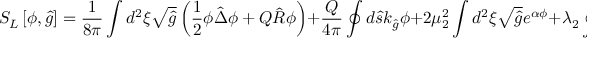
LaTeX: { S _ { L } } \left[ \phi , \hat { g } \right] = { \frac { 1 } { 8 \pi } } \int { d ^ { 2 } } \xi \sqrt { \hat { g } } \left( { \frac { 1 } { 2 } } \phi \hat { \Delta } \phi + Q \hat { R } \phi \right) + { \frac { Q } { 4 \pi } } \oint { d } \hat { s } { k _ { \hat { g } } } \phi + 2 { \mu _ { 2 } ^ { 2 } } \int { d ^ { 2 } } \xi \sqrt { \hat { g } } { e ^ { \alpha \phi } } + { \lambda _ { 2 } } \oint { d } \hat { s } { e ^ { \alpha \phi / 2 } } .